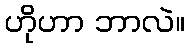
ဟိုဟာ ဘာလဲ။